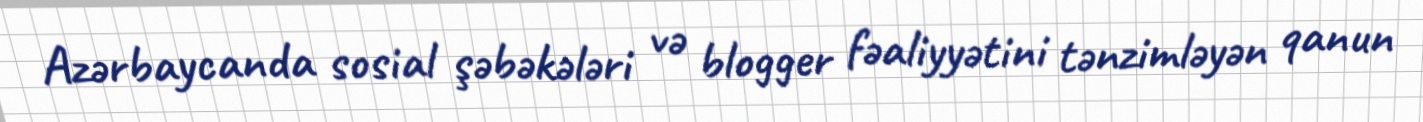
Azərbaycanda sosial şəbəkələri və blogger fəaliyyətini tənzimləyən qanun